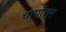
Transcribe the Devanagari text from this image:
चापांतर